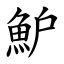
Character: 魲